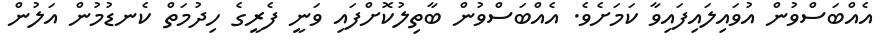
އެއްބަސްވުން އުވައިލައިފައިވާ ކަމަށެވެ. އެއްބަސްވުން ބާތިލުކޮށްފައި ވަނީ ފެރީގެ ހިދުމަތް ކެނޑުމުން އަލުން